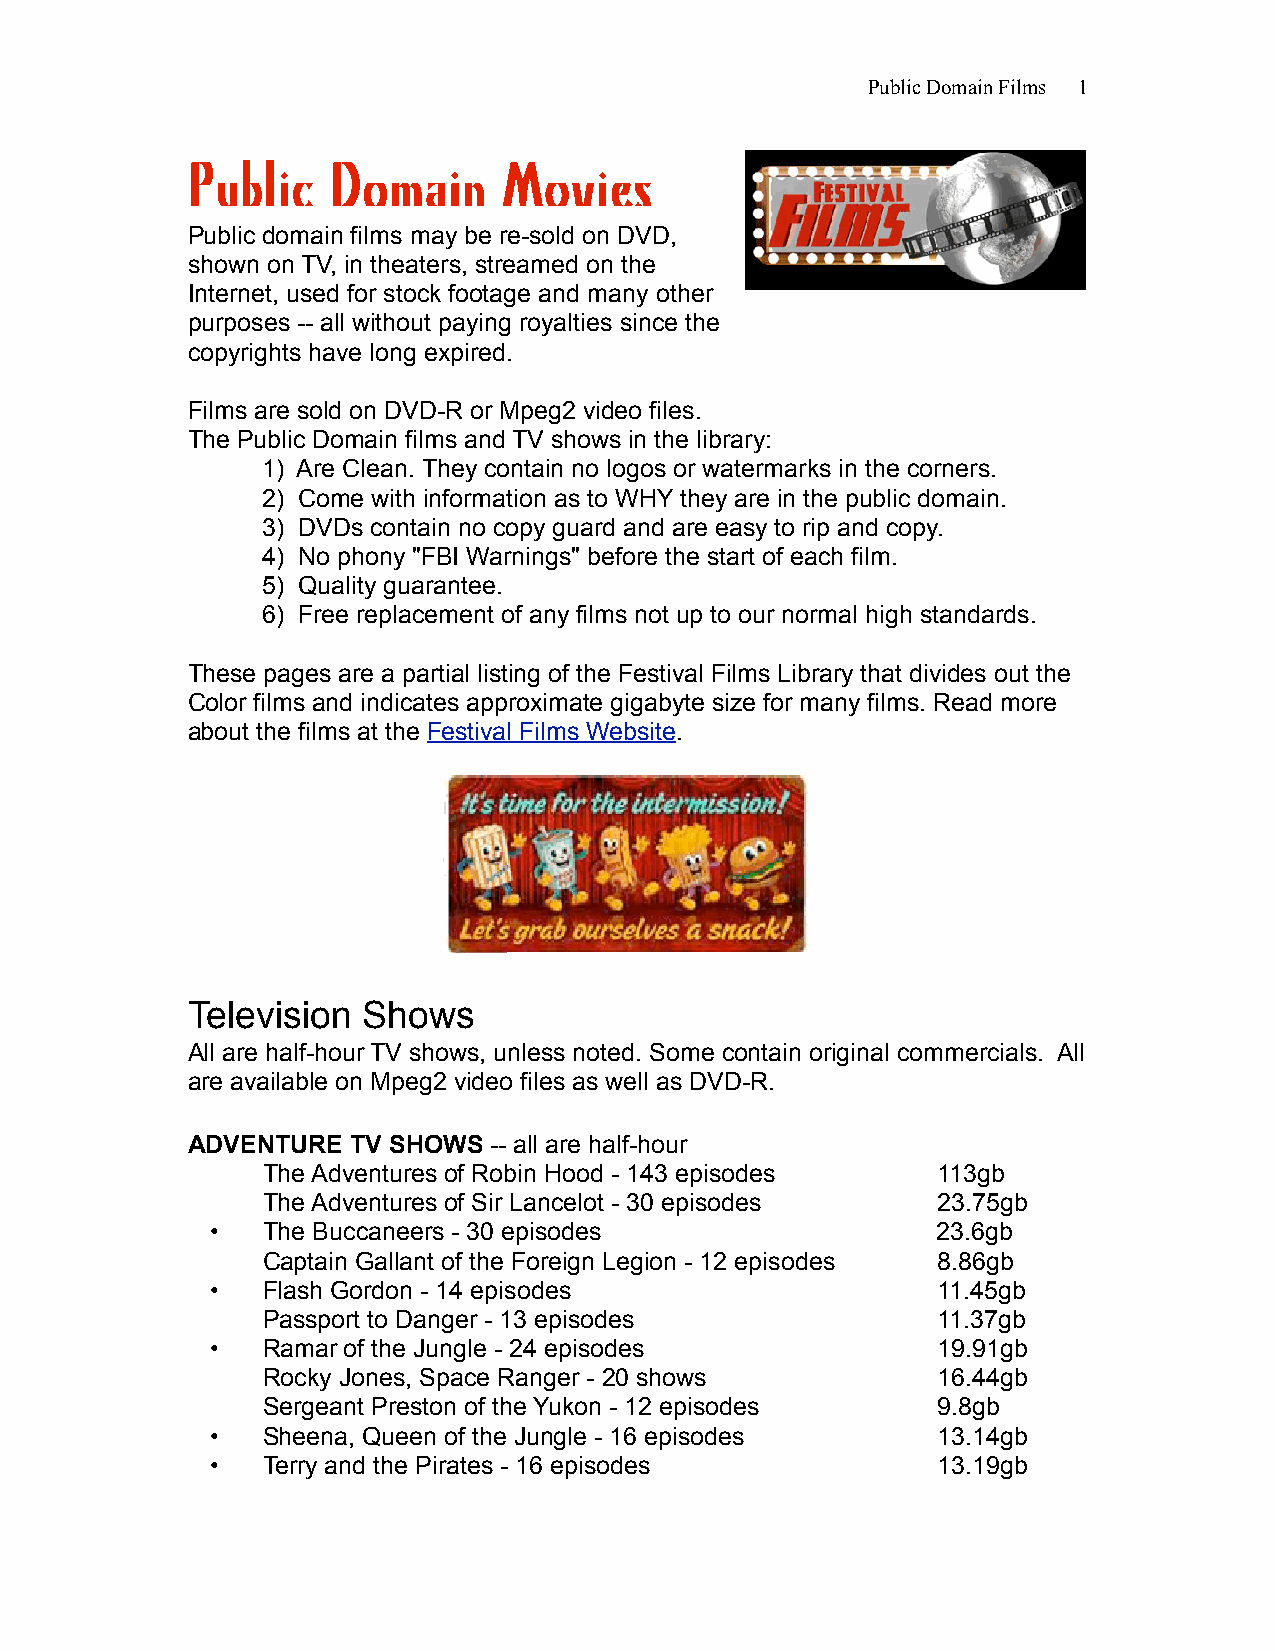
Public Domain Films 1
 Public    Domain     Movies
 Public domain films may be re-sold on DVD,
 shown on TV, in theaters, streamed on the
 Internet, used for stock footage and many other
 purposes -- all without paying royalties since the
 copyrights have long expired.
 Films are sold on DVD-R or Mpeg2 video files.
 The Public Domain films and TV shows in the library:
 1) Are Clean. They contain no logos or watermarks in the corners.
 2) Come with information as to WHY they are in the public domain.
 3) DVDs contain no copy guard and are easy to rip and copy.
 4) No phony "FBI Warnings" before the start of each film.
 5) Quality guarantee.
 6) Free replacement of any films not up to our normal high standards.
 These pages are a partial listing of the Festival Films Library that divides out the
 Color films and indicates approximate gigabyte size for many films. Read more
 about the films at the Festival Films Website.
 Television  Shows
 All are half-hour TV shows, unless noted. Some contain original commercials. All
 are available on Mpeg2 video files as well as DVD-R.
 ADVENTURE  TV SHOWS -- all are half-hour
 The Adventures of Robin Hood - 143 episodes  113gb
 The Adventures of Sir Lancelot - 30 episodes 23.75gb
 •  The Buccaneers - 30 episodes                 23.6gb
 Captain Gallant of the Foreign Legion - 12 episodes 8.86gb
 •  Flash Gordon - 14 episodes                   11.45gb
 Passport to Danger - 13 episodes             11.37gb
 •  Ramar of the Jungle - 24 episodes            19.91gb
 Rocky Jones, Space Ranger - 20 shows         16.44gb
 Sergeant Preston of the Yukon - 12 episodes  9.8gb
 •  Sheena, Queen of the Jungle - 16 episodes    13.14gb
 •  Terry and the Pirates - 16 episodes          13.19gb